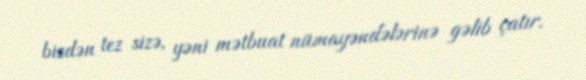
bizdən tez sizə, yəni mətbuat nümayəndələrinə gəlib çatır.